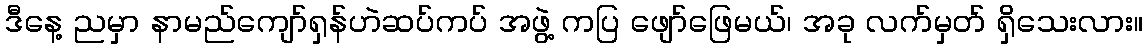
ဒီနေ့ ညမှာ နာမည်ကျော်ရှန်ဟဲဆပ်ကပ် အဖွဲ့ ကပြ ဖျော်ဖြေမယ်၊ အခု လက်မှတ် ရှိသေးလား။